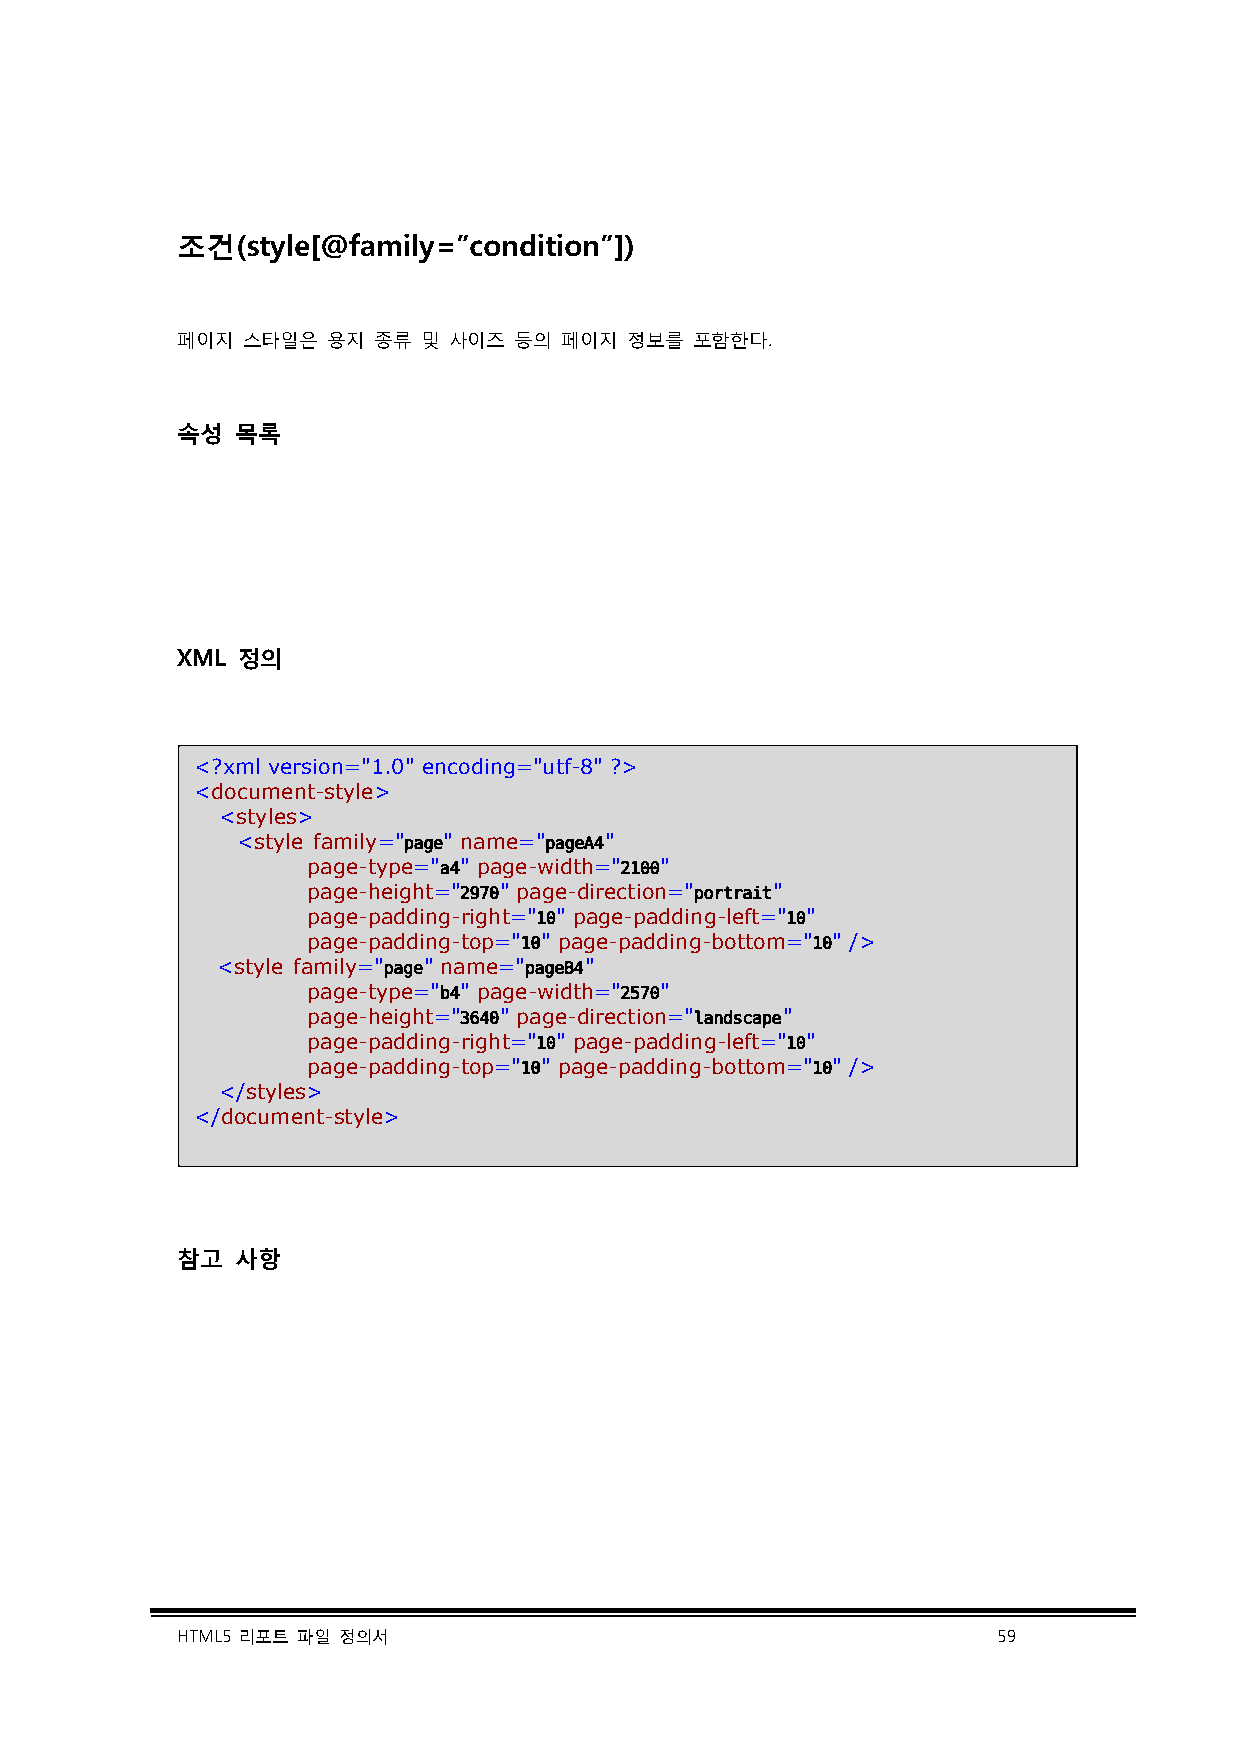
조건(style[@family=”condition”])
 페이지 스타일은  용지 종류 및 사이즈 등의 페이지 정보를  포함한다.
 속성  목록
 XML 정의
 <?xml version="1.0" encoding="utf-8" ?>
 <document-style>
 <styles>
 <style family="page" name="pageA4"
 page-type="a4" page-width="2100"
 page-height="2970" page-direction="portrait"
 page-padding-right="10" page-padding-left="10"
 page-padding-top="10" page-padding-bottom="10" />
 <style family="page" name="pageB4"
 page-type="b4" page-width="2570"
 page-height="3640" page-direction="landscape"
 page-padding-right="10" page-padding-left="10"
 page-padding-top="10" page-padding-bottom="10" />
 </styles>
 </document-style>
 참고  사항
 HTML5 리포트 파일 정의서                                      59